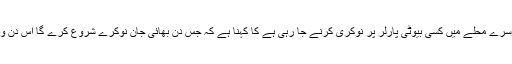
لڑکے کی بہن جو دوسرے محلے میں کسی بیوٹی پارلر پر نوکری کرنے جا رہی ہے کا کہنا ہے کہ جس دن بھائی جان نوکرے شروع کرے گا اس دن وہ گھر بیٹھ جائے گی۔